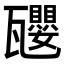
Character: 𪼿